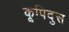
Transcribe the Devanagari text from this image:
कूपिदुस